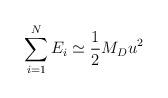
LaTeX: \begin{align*}\sum_{i=1}^{N} E_i \simeq \frac{1}{2}M_D u^2 \end{align*}